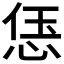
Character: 𫺑